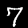
Digit: 7